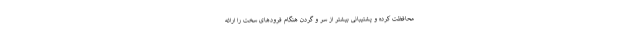
محافظت کرده و پشتیبانی بیشتر از سر و گردن هنگام فرودهای سخت را ارائه